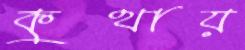
কুথায়